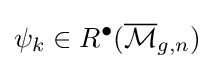
\psi _{k}\in R^{\bullet }({\overline {\mathcal {M}}}_{g,n})